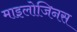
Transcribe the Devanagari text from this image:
माइलोजिनस